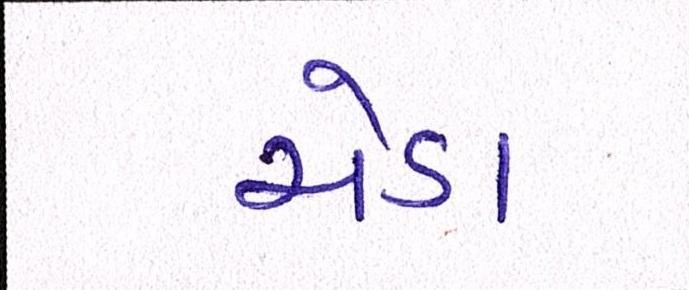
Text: ચેડા